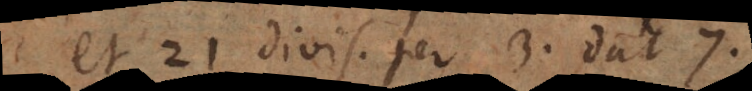
et 21 divis. per 3. dat 7